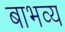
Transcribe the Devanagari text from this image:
बाभव्य